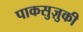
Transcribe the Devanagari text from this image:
पाकसुज़ुकी